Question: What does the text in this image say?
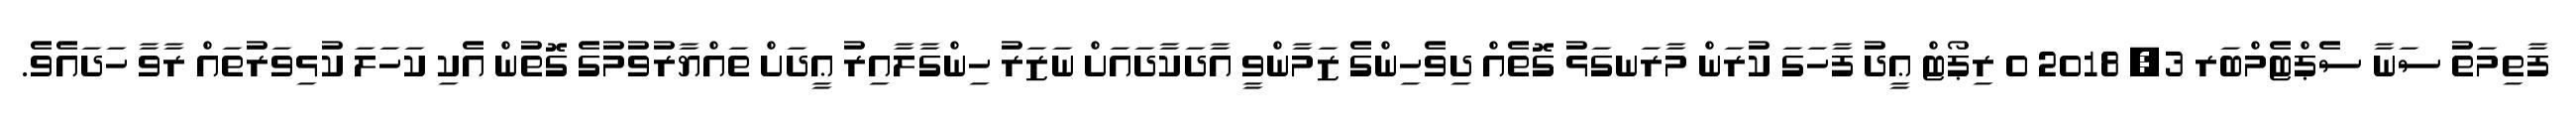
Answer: ފާތިމަތު ސަނާ ސެޕްޓެމްބަރ 3, 2018 0 ރިޕޯޓް ޢީދު ފާހަގަ ކުރަން މާރަނގަޅު ގޮތެއް ދިވެހިންގެ ޒަމާންވީ އާދަކާދައަށް ނަޒަރު ހިންގާލާއިރު ޢީދަށް ތައްޔާރުވުމުގެ ގޮތުން އެކި ކަހަލަ ކުޅިވަރުތައް ރާވާ ހަދައެވެ.